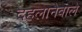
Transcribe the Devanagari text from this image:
दहलानेवाले